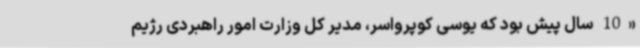
«10 سال پیش بود که یوسی کوپرواسر، مدیر کل وزارت امور راهبردی رژیم